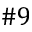
\# 9